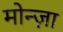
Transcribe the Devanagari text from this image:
मोन्ज़ा